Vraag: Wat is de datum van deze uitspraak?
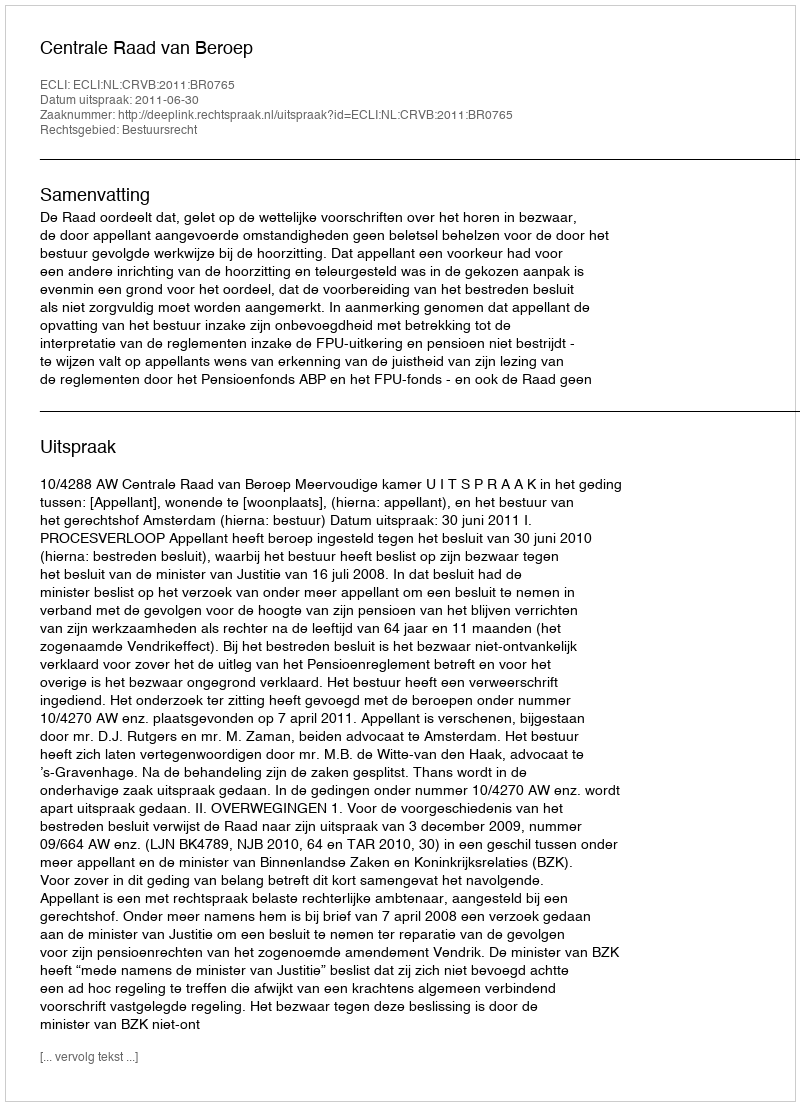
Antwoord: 2011-06-30